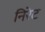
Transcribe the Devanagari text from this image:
निरेट